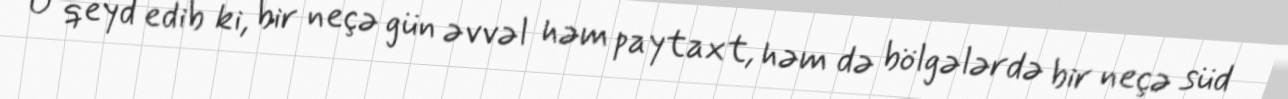
O qeyd edib ki, bir neçə gün əvvəl həm paytaxt, həm də bölgələrdə bir neçə süd